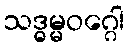
သဒ္ဓမ္မဝဂ္ဂေါ